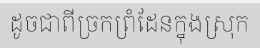
ដូចជាពីច្រកព្រំដែនក្នុងស្រុក